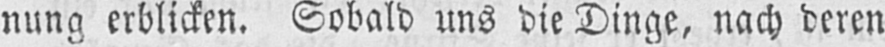
nung erblicken. Sobald uns die Dinge, nach deren